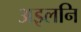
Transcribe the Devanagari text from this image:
अइलनि